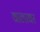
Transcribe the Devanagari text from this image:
वालावर